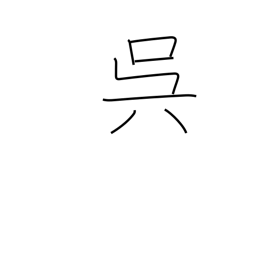
Meaning: do something for